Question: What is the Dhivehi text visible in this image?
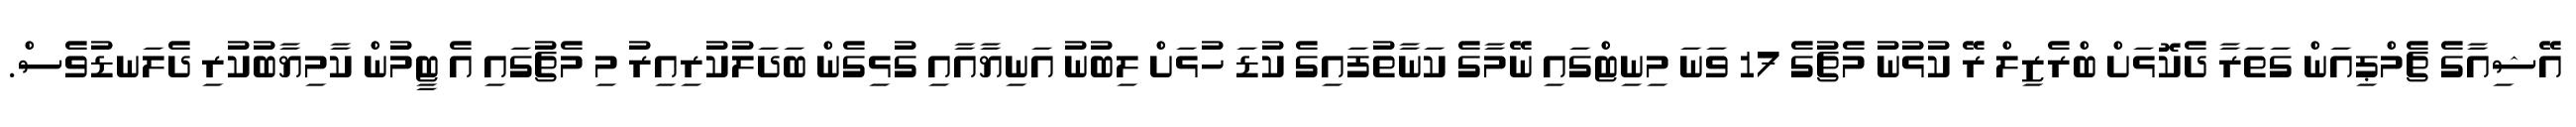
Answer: އޭޝިއާގެ ޗެމްޕިއަން ގަތަރާ ދެކޮޅަށް ބްރެޒިލް ރޭ ކުޅުނު މެޗުގެ 17 ވަނަ މިނިޓްގައި ނޭމާގެ ކަނާތުފައިގެ ކުޑަ ހުޅަށް ލިބުނު އަނިޔާއާއި ގުޅިގެން ބަދަލުކުރިއިރު މި މެޗުގައި އެ ޓީމުން ކާމިޔާބުކުރި ދެލަނޑުވެސް.